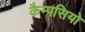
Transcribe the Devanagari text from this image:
कैम्पसियो